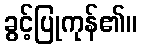
ခွင့်ပြုကုန်၏။